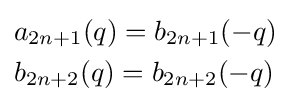
{\begin{aligned}&a_{2n+1}(q)=b_{2n+1}(-q)\\&b_{2n+2}(q)=b_{2n+2}(-q)\end{aligned}}